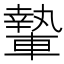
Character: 𨎌